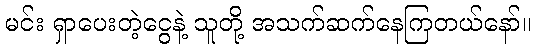
မင်း ရှာပေးတဲ့ငွေနဲ့ သူတို့ အသက်ဆက်နေကြတယ်နော်။